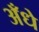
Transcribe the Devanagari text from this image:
अँधे